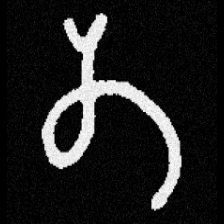
Pyu character \u2014 Myanmar letter: တ (romanized: ta)